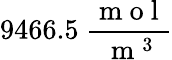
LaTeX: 9466.5\ \frac{\mathrm{~m~o~l~}}{\mathrm{~m~}^{3}}